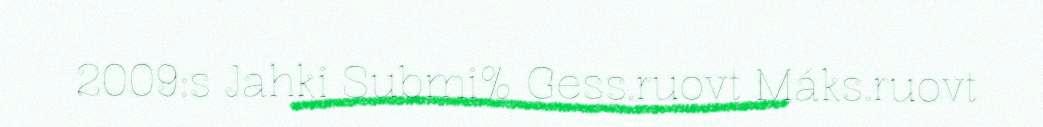
2009:s Jahki Submi% Gess.ruovt Máks.ruovt